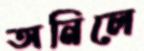
অনিলে